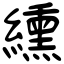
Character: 纁